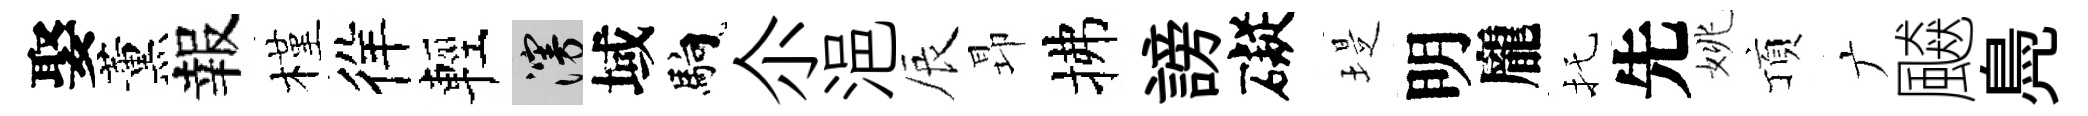
娶薰報槿徉輕漫域馿尒浥辰昻拂謗礙堤明龐托先姚頂广飇鳧